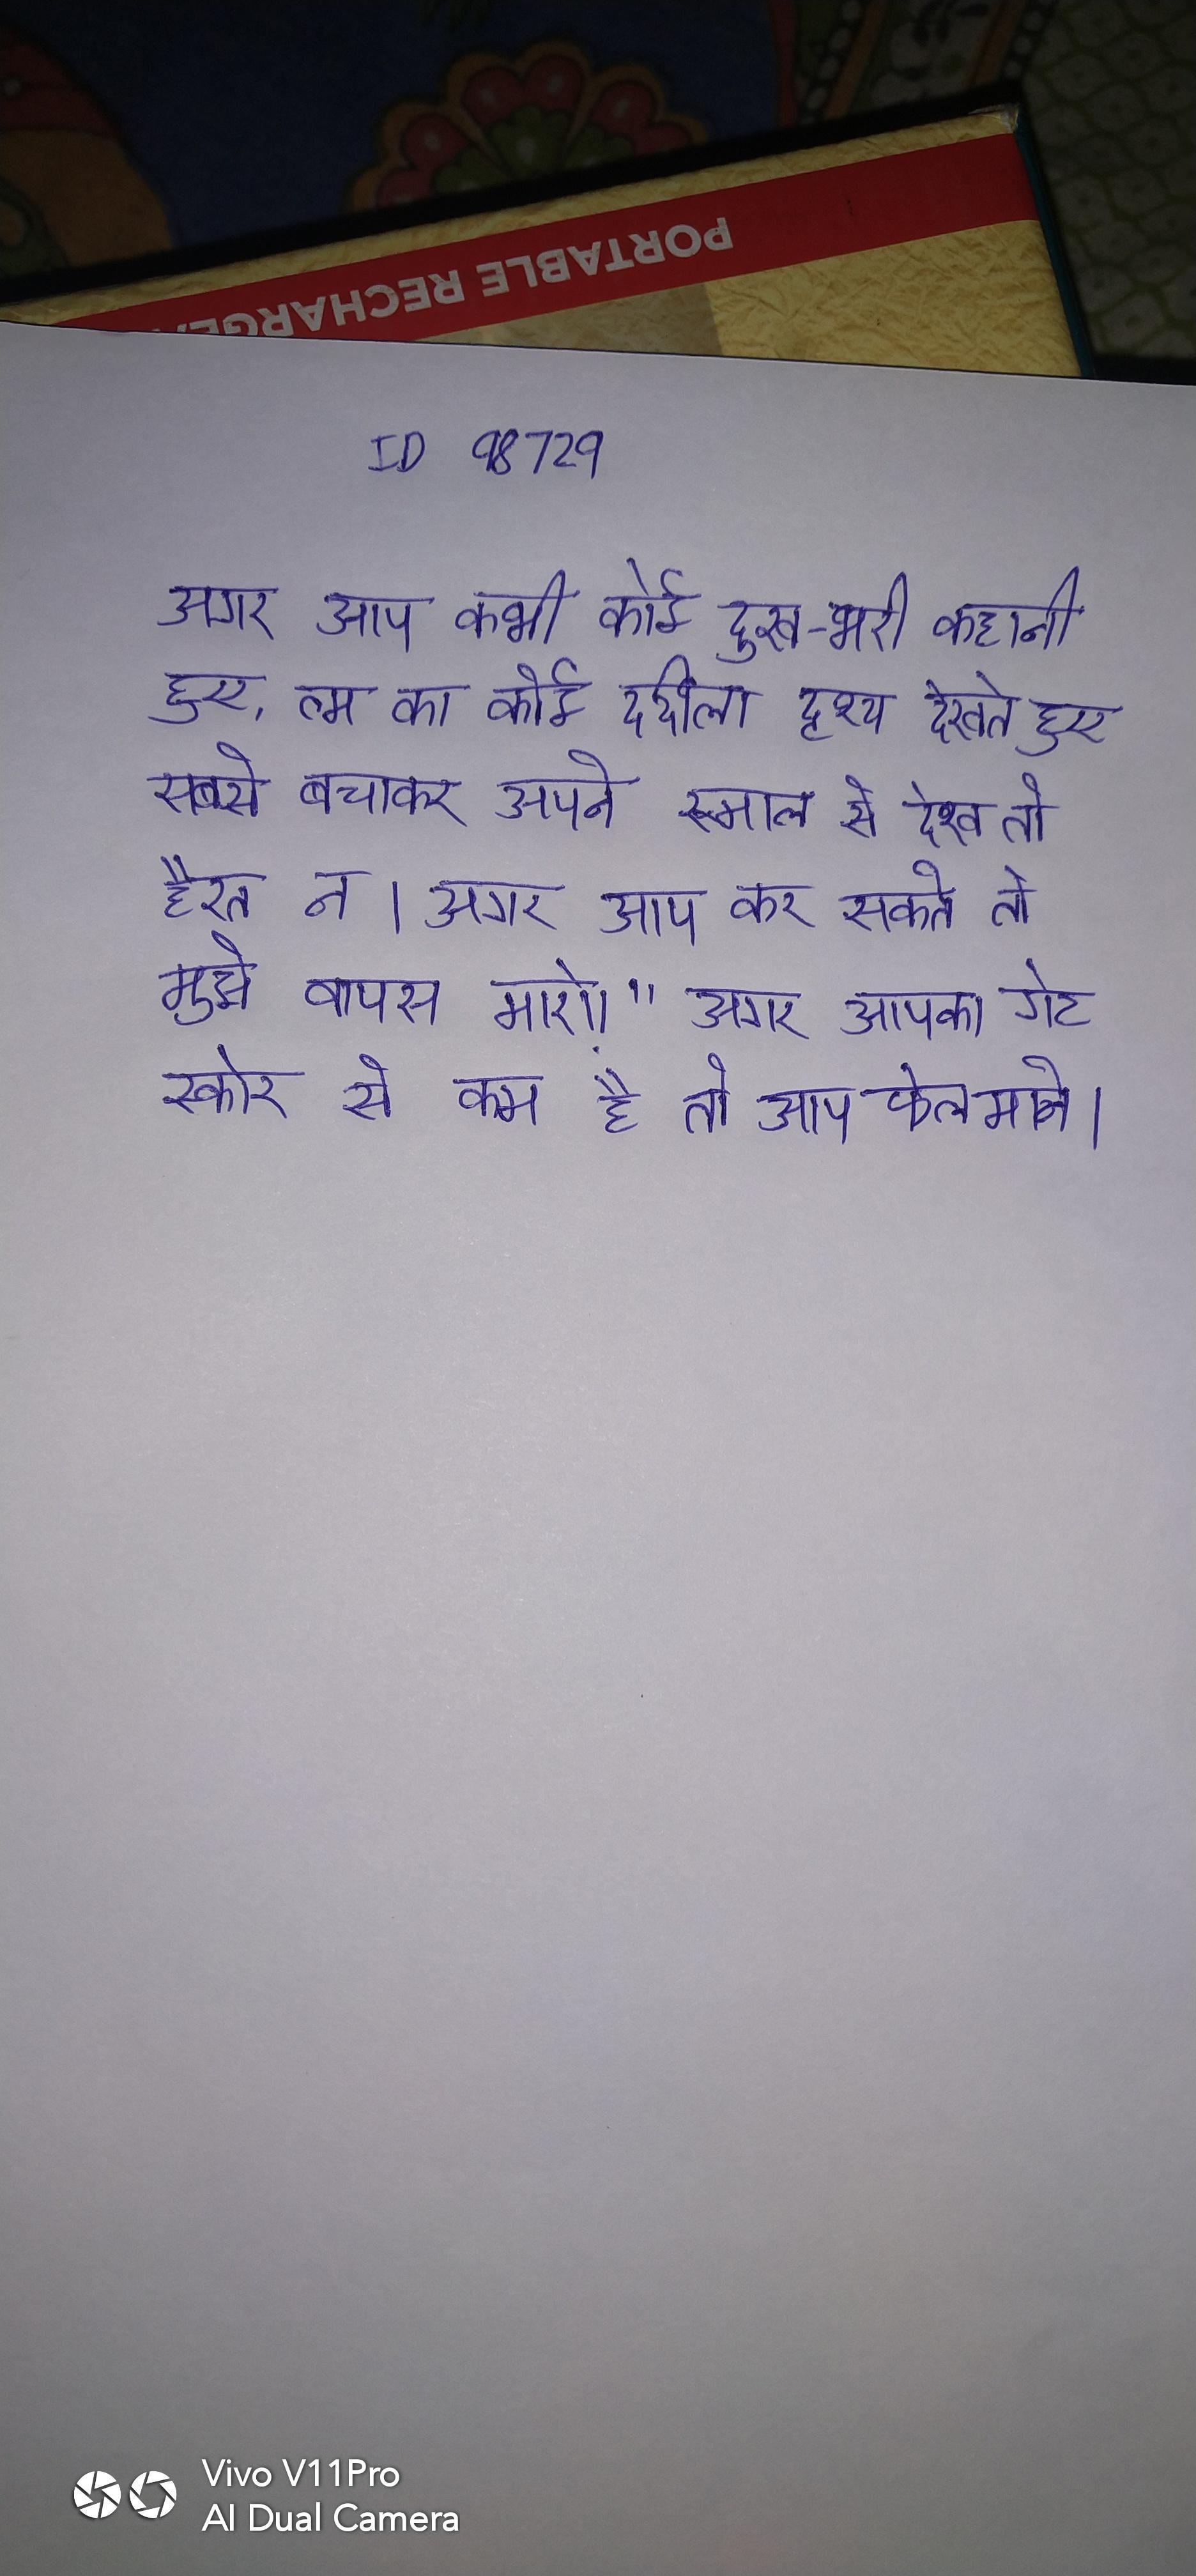
अगर आप कभी कोई दुख-भरी कहानी हुए, ल्म का कोई दर्दीला दृश्य देखते हुए सबसे बचाकर अपने रूमाल से देख तो हैरत न । अगर आप कर सकते तो मुझे वापस मारो!" अगर आपका गेट स्कोर से कम है तो आप फेल माने ।